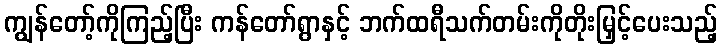
ကျွန်တော့်ကိုကြည့်ပြီး ကန်တော်ရွာနှင့် ဘက်ထရီသက်တမ်းကိုတိုးမြှင့်ပေးသည့်